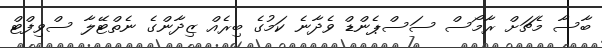
ބާސާ މެޗަށް ރާމޯސް ސަސްޕެންޑް ވެދާނެ ކަމުގެ ބިރެއް ޒިދާންގެ ނެތްޓޭލާ ސްވިފްޓް